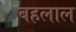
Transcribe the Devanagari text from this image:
बहलाल